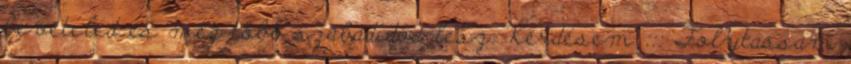
bevételed és még több szabadidőd lesz. Kérdésem ::: Folytassam